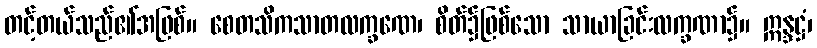
တင့်တယ်သည်၏အဖြစ်။ စေတသိကသာတလက္ခဏေ၊ စိတ်၌ဖြစ်သော သာယာခြင်းလက္ခဏာ၌။ ဣန္ဒဋ္ဌံ၊